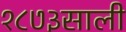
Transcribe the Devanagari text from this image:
१८७३साली